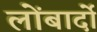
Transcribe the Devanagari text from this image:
लोंबार्दो